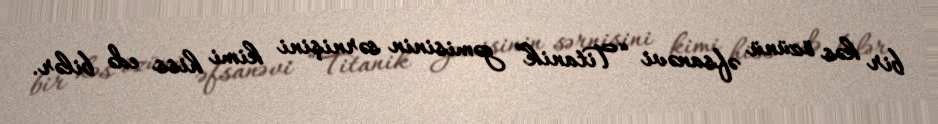
bir kəs özünü əfsanəvi “Titanik” gəmisinin sərnişini kimi hiss edə bilər.